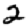
Digit: 2